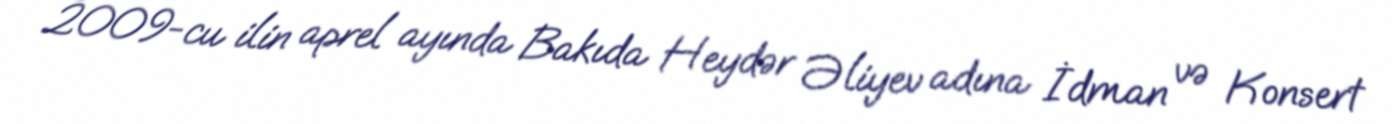
2009-cu ilin aprel ayında Bakıda Heydər Əliyev adına İdman və Konsert